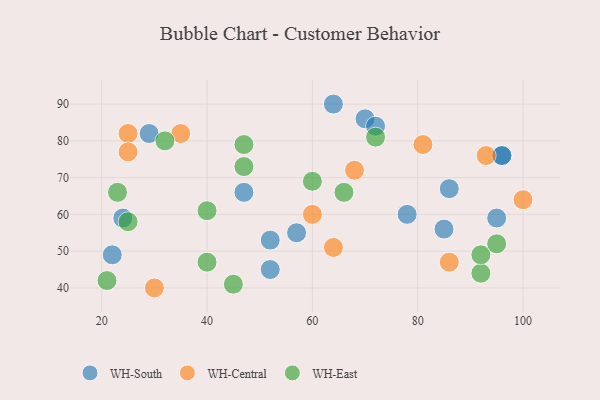
{"axis": {"x": "GDP", "y": "Life Expectancy"}, "legend": ["WH-Central", "WH-East", "WH-South"], "data": [{"x": "85", "y": 56, "type": "WH-South"}, {"x": "47", "y": 66, "type": "WH-South"}, {"x": "96", "y": 76, "type": "WH-South"}, {"x": "95", "y": 59, "type": "WH-South"}, {"x": "70", "y": 86, "type": "WH-South"}, {"x": "96", "y": 76, "type": "WH-South"}, {"x": "72", "y": 84, "type": "WH-South"}, {"x": "78", "y": 60, "type": "WH-South"}, {"x": "57", "y": 55, "type": "WH-South"}, {"x": "52", "y": 45, "type": "WH-South"}, {"x": "29", "y": 82, "type": "WH-South"}, {"x": "52", "y": 53, "type": "WH-South"}, {"x": "64", "y": 90, "type": "WH-South"}, {"x": "86", "y": 67, "type": "WH-South"}, {"x": "22", "y": 49, "type": "WH-South"}, {"x": "24", "y": 59, "type": "WH-South"}, {"x": "68", "y": 72, "type": "WH-Central"}, {"x": "86", "y": 47, "type": "WH-Central"}, {"x": "81", "y": 79, "type": "WH-Central"}, {"x": "25", "y": 82, "type": "WH-Central"}, {"x": "100", "y": 64, "type": "WH-Central"}, {"x": "35", "y": 82, "type": "WH-Central"}, {"x": "64", "y": 51, "type": "WH-Central"}, {"x": "93", "y": 76, "type": "WH-Central"}, {"x": "25", "y": 77, "type": "WH-Central"}, {"x": "60", "y": 60, "type": "WH-Central"}, {"x": "30", "y": 40, "type": "WH-Central"}, {"x": "45", "y": 41, "type": "WH-East"}, {"x": "47", "y": 73, "type": "WH-East"}, {"x": "72", "y": 81, "type": "WH-East"}, {"x": "66", "y": 66, "type": "WH-East"}, {"x": "40", "y": 61, "type": "WH-East"}, {"x": "92", "y": 44, "type": "WH-East"}, {"x": "23", "y": 66, "type": "WH-East"}, {"x": "47", "y": 79, "type": "WH-East"}, {"x": "60", "y": 69, "type": "WH-East"}, {"x": "92", "y": 49, "type": "WH-East"}, {"x": "25", "y": 58, "type": "WH-East"}, {"x": "95", "y": 52, "type": "WH-East"}, {"x": "21", "y": 42, "type": "WH-East"}, {"x": "32", "y": 80, "type": "WH-East"}, {"x": "40", "y": 47, "type": "WH-East"}]}